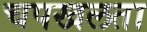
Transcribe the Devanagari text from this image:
चपखलता